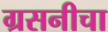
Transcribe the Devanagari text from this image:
ग्रसनीचा